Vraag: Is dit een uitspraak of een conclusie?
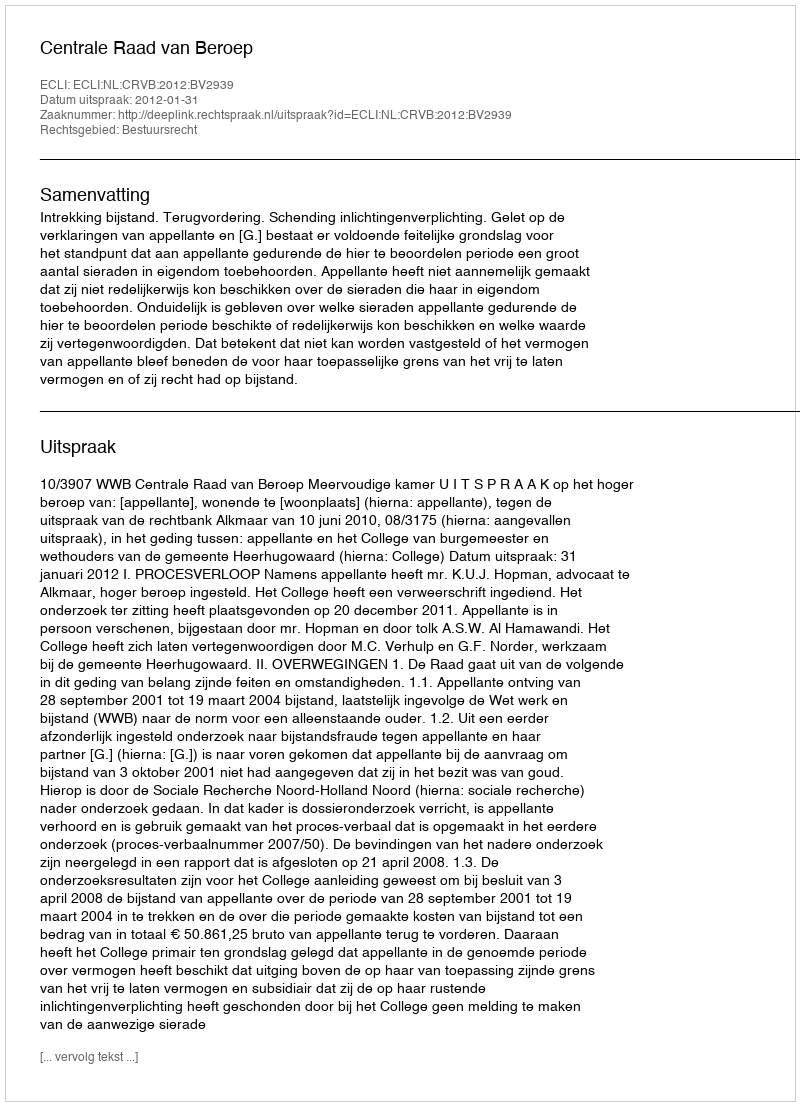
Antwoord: Uitspraak